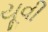
યૂવી